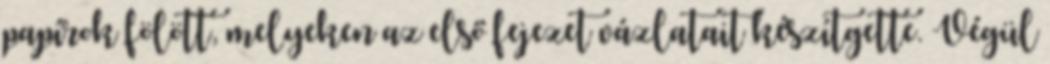
papírok fölött, melyeken az első fejezet vázlatait készítgette. Végül